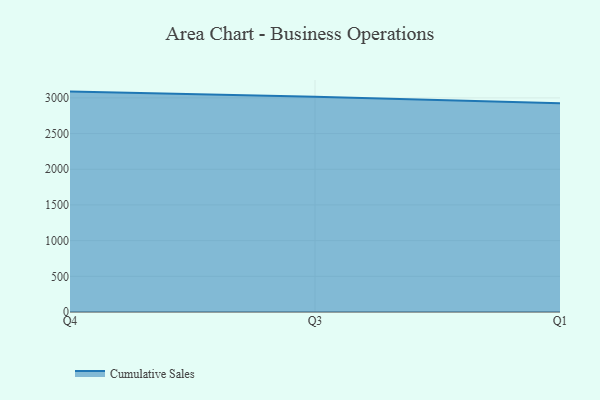
{"axis": {"x": "Quarter", "y": "Budget (USD K)"}, "legend": ["Cumulative Sales"], "data": [{"x": "Q4", "y": 3088.4, "type": "Cumulative Sales"}, {"x": "Q3", "y": 3016.6, "type": "Cumulative Sales"}, {"x": "Q1", "y": 2925.1, "type": "Cumulative Sales"}]}